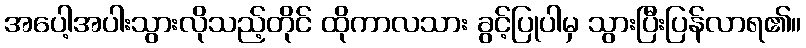
အပေါ့အပါးသွားလိုသည့်တိုင် ထိုကာလသား ခွင့်ပြုပါမှ သွားပြီးပြန်လာရ၏။